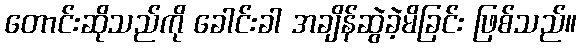
တောင်းဆိုသည်ကို ခေါင်းခါ အချိန်ဆွဲခဲ့မိခြင်း ဖြစ်သည်။